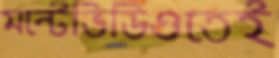
মন্টেভিডিওতেই